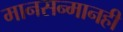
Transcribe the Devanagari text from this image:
मानसन्मानही